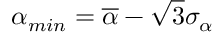
\alpha _ { m i n } = \overline { { \alpha } } - \sqrt { 3 } \sigma _ { \alpha }